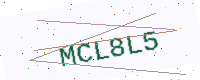
Text: MCL8L5